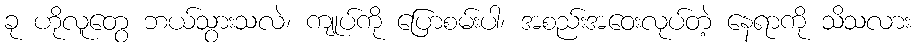
ခု ဟိုလူတွေ ဘယ်သွားသလဲ၊ ကျုပ်ကို ပြောစမ်းပါ၊ အစည်းအဝေးလုပ်တဲ့ နေရာကို သိသလား